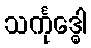
သင်္ကုဒ္ဓေါ